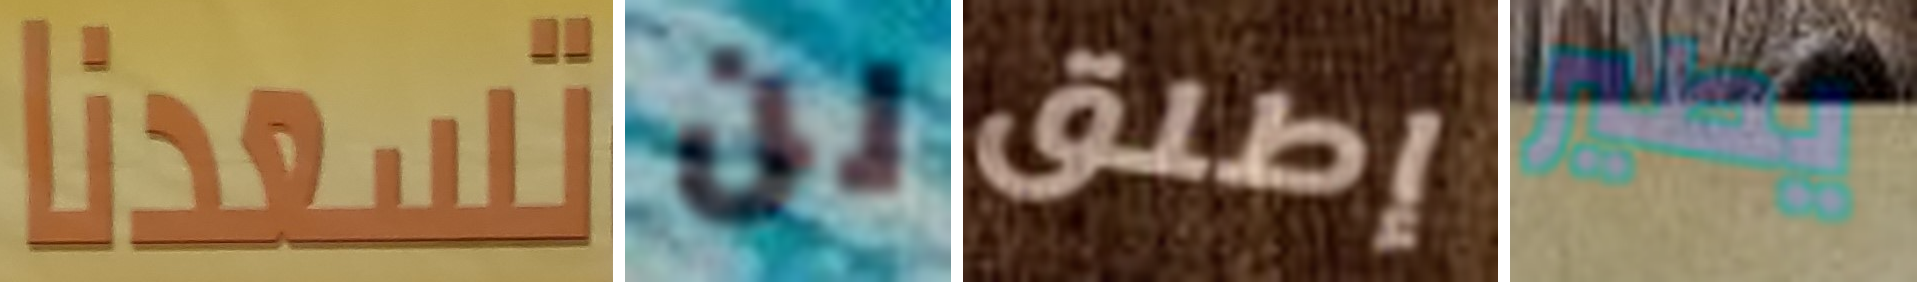
تسعدنا لن إطلق يطير